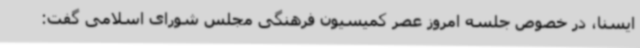
ایسنا، در خصوص جلسه امروز عصر کمیسیون فرهنگی مجلس شورای اسلامی گفت: